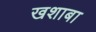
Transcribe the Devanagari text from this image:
खशाबा